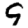
Digit: 9